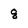
Character: 8